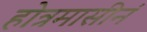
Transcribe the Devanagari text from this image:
होत्रमासीनं